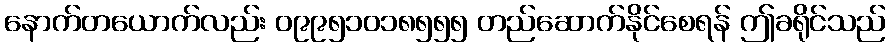
နောက်တယောက်လည်း ၀၉၉၅၁၀၁၈၅၅၅ တည်ဆောက်နိုင်စေရန် ဤခရိုင်သည်